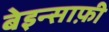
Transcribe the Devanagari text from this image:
बेइन्साफ़ी